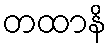
တထာနိ